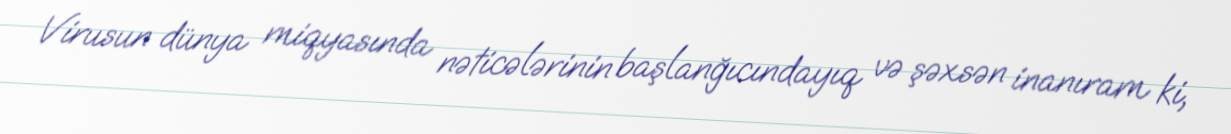
Virusun dünya miqyasında nəticələrinin başlanğıcındayıq və şəxsən inanıram ki,